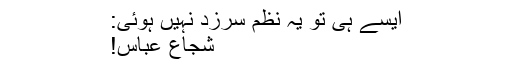
ایسے ہی تو یہ نظم سرزد نہیں ہوئی:
شجاع عباس!